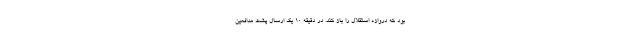
بود که دروازه استقلال را باز کند. در دقیقه ۱۰ یک ارسال پشت مدافعین